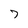
Character: 7